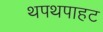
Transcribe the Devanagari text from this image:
थपथपाहट